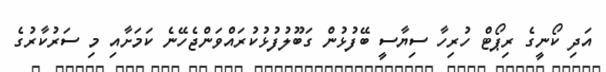
އަދި ކޯނީގެ ރިޕޯޓް ހުރިހާ ސިޔާސީ ބޭފުޅުން ގަބޫލުފުޅުކުރައްވަންޖެހޭނެ ކަމަށާއި މި ސަރުކާރުގެ